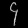
Digit: ၄